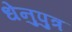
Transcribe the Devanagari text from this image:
धेनुपुत्र